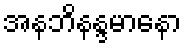
အနဘိနန္ဒမာနော